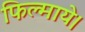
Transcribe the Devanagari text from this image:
फिल्माये।